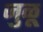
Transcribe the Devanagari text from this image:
जुळू